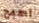
اصبح